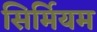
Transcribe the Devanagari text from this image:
सिर्मियम